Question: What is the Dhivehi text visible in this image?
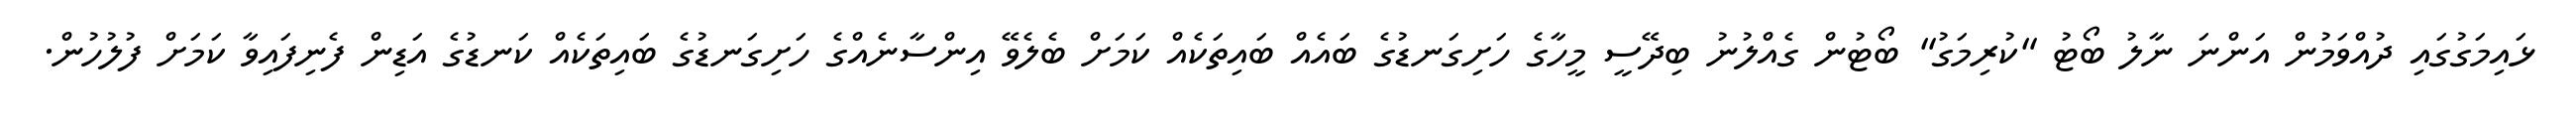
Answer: ޅައިމަގުގައި ދުއްވަމުން އަންނަ ނާލު ބޯޓު "ކުރިމަގު" ބޯޓުން ގެއްލުނު ބިދޭސީ މީހާގެ ހަށިގަނޑުގެ ބައެއް ބައިތަކެއް ކަމަށް ބެލެވޭ އިންސާނެއްގެ ހަށިގަނޑުގެ ބައިތަކެއް ކަނޑުގެ އަޑިން ފެނިފައިވާ ކަމަށް ފުލުހުން.